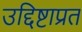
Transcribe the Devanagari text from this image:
उद्दिष्टाप्रत